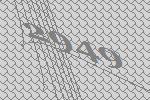
2949